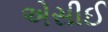
એસીઈ